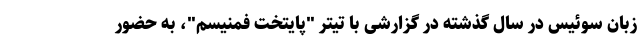
زبان سوئیس در سال گذشته در گزارشی با تیتر "پایتخت فمنیسم"، به حضور